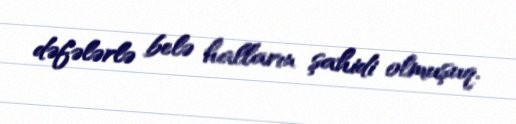
dəfələrlə belə halların şahidi olmuşuq.